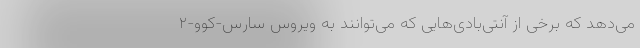
می‌دهد که برخی از آنتی‌بادی‌هایی که می‌توانند به ویروس سارس-کوو-۲